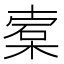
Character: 𬃖